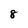
Character: 8